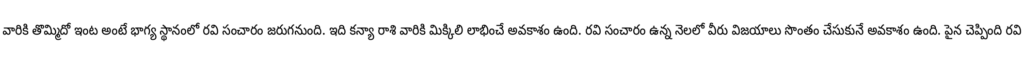
వారికి తొమ్మిదో ఇంట అంటే భాగ్య స్థానంలో రవి సంచారం జరుగనుంది. ఇది కన్యా రాశి వారికి మిక్కిలి లాభించే అవకాశం ఉంది. రవి సంచారం ఉన్న నెలలో వీరు విజయాలు సొంతం చేసుకునే అవకాశం ఉంది. పైన చెప్పింది రవి